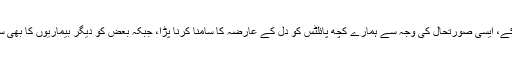
بقول ان کے، ایسی صورتحال کی وجہ سے ہمارے کچھ پائلٹس کو دل کے عارضہ کا سامنا کرنا پڑا، جبکہ بعض کو دیگر بیماریوں کا بھی سامنا ہے۔